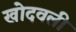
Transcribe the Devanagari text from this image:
खोदवली